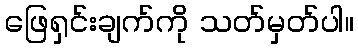
ဖြေရှင်းချက်ကို သတ်မှတ်ပါ။